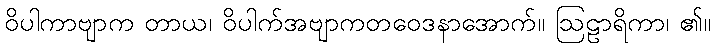
ဝိပါကာဗျာက တာယ၊ ဝိပါက်အဗျာကတဝေဒနာအောက်။ ဩဠာရိကာ၊ ၏။